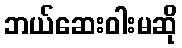
ဘယ်ဆေးဝါးမဆို